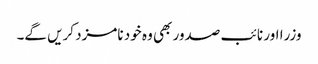
وزرا اور نائب صدور بھی وہ خود نامزد کریں گے۔